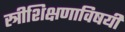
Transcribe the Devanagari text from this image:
स्त्रीशिक्षणाविषयी